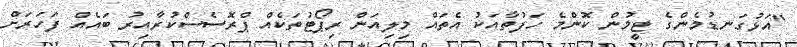
"އަޅުގަނޑުމެންގެ ޓީމުން ކޮންމެ ހަފުތާއަކު އެތައް މިލިއަން ރިޕޯޓުތަކެއް ޕްރޮސެސްކުރާއިރު ބައެއް ފަހަރަށް